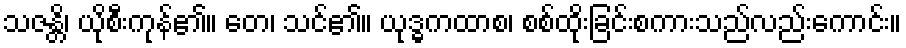
သဇန္တိ၊ ယိုစီးကုန်၏။ တေ၊ သင်၏။ ယုဒ္ဓကထာစ၊ စစ်ထိုးခြင်းစကားသည်လည်းကောင်း။